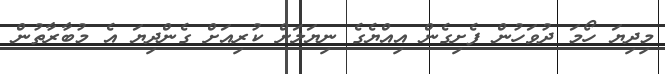
މިދިޔަ ހޯމަ ދުވަހުން ފެށިގެން އިއްޔެގެ ނިޔަލަށް ކުރިއަށް ގެންދިޔަ އެ މުބާރާތުން